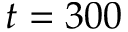
t = 3 0 0